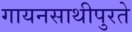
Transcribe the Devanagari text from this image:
गायनसाथीपुरते